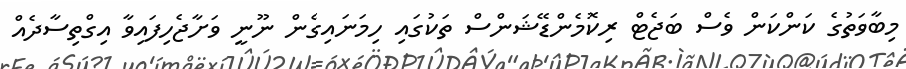
މިބާވަތުގެ ކަންކަން ވެސް ބަޖެޓް ރިކޮމެންޑޭޝަންސް ތަކުގައި ހިމަނައިގެން ނޫނީ ވަށާޖެހިފައިވާ އިގްތިސާދެެއް